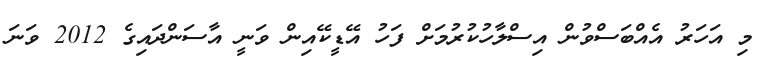
މި އަހަރު އެއްބަސްވުން އިސްލާހުކުރުމަށް ފަހު އޭޑީކޭއިން ވަނީ އާސަންދައިގެ 2012 ވަނަ